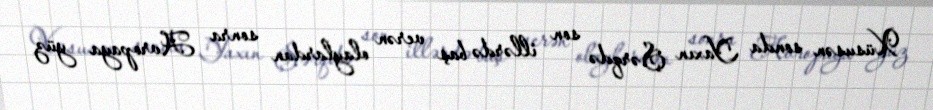
Xüsusən sonda Yaxın Şərqdə son illərdə baş verən olaylardan sonra Avropaya yüz